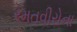
રમતવીરોના